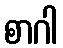
စာဂါ